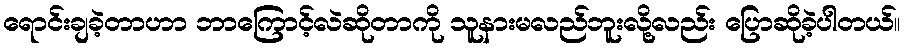
ရောင်းချခဲ့တာဟာ ဘာကြောင့်လဲဆိုတာကို သူနားမလည်ဘူးလို့လည်း ပြောဆိုခဲ့ပါတယ်။